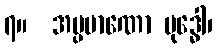
၇။  အပ္ပမာဏော ဗုဒ္ဓေါ၊